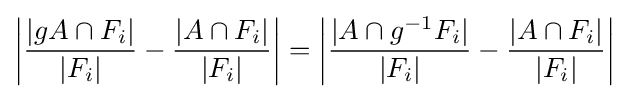
\left|{|gA\cap F_{i}| \over |F_{i}|}-{|A\cap F_{i}| \over |F_{i}|}\right|=\left|{|A\cap g^{-1}F_{i}| \over |F_{i}|}-{|A\cap F_{i}| \over |F_{i}|}\right|